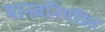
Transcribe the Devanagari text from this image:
मानवनियंत्रित